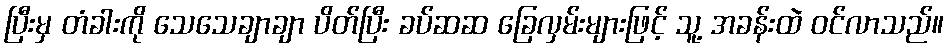
ပြီးမှ တံခါးကို သေသေချာချာ ပိတ်ပြီး ခပ်ဆဆ ခြေလှမ်းများဖြင့် သူ့ အခန်းထဲ ဝင်လာသည်။